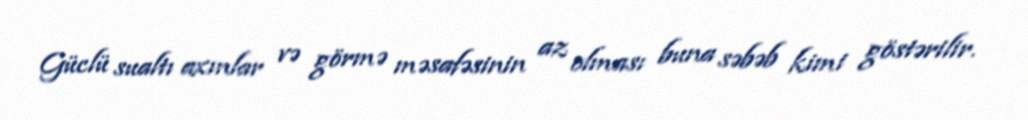
Güclü sualtı axınlar və görmə məsafəsinin az olması buna səbəb kimi göstərilir.